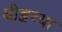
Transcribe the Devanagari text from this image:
थीब्जच्या